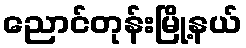
ညောင်တုန်းမြို့နယ်